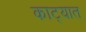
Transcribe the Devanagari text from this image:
काट्यात